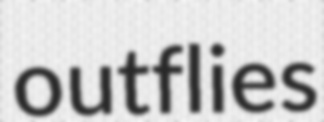
outflies